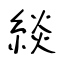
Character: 緂